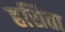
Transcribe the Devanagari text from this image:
हसिता